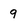
Character: 9